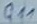
Text: Q11